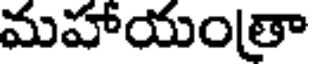
మహాయంతా